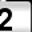
Digit: 2